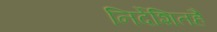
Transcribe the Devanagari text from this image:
निर्देशितहै